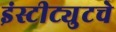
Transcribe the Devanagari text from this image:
इंस्टीट्युटचे